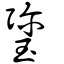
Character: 瓕